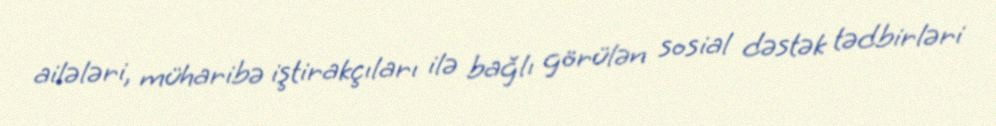
ailələri, müharibə iştirakçıları ilə bağlı görülən sosial dəstək tədbirləri